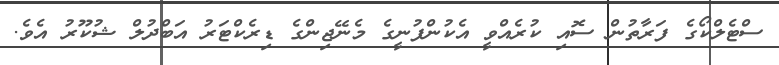
ސްޓެލްކޯގެ ފަރާތުން ސޮއި ކުރެއްވީ އެކުންފުނީގެ މެނޭޖިންގެ ޑިރެކްޓަރު އަބްދުލް ޝުކޫރު އެވެ.